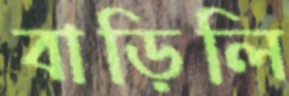
বাড়িলি